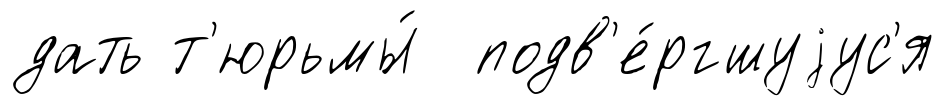
дать т'юрьмы́ подв'е́ргшуjус'я